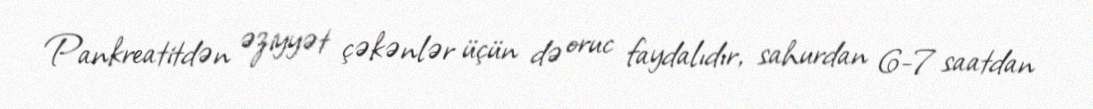
Pankreatitdən əziyyət çəkənlər üçün də oruc faydalıdır, sahurdan 6-7 saatdan